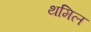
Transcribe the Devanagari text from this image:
थमिल